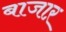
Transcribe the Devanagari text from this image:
बाजाऱ